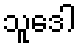
သူဒေါ